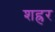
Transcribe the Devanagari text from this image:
शह्रर